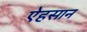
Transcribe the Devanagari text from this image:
ऐहसान